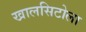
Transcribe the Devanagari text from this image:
खालसिटोला